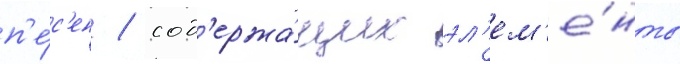
п'е́с'ен / сод'ержа́щих эл'ем'е́нты